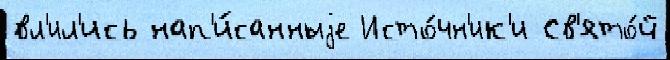
вл'ил'ись нап'и́санныjе Исто́чн'ик'и Св'ято́й